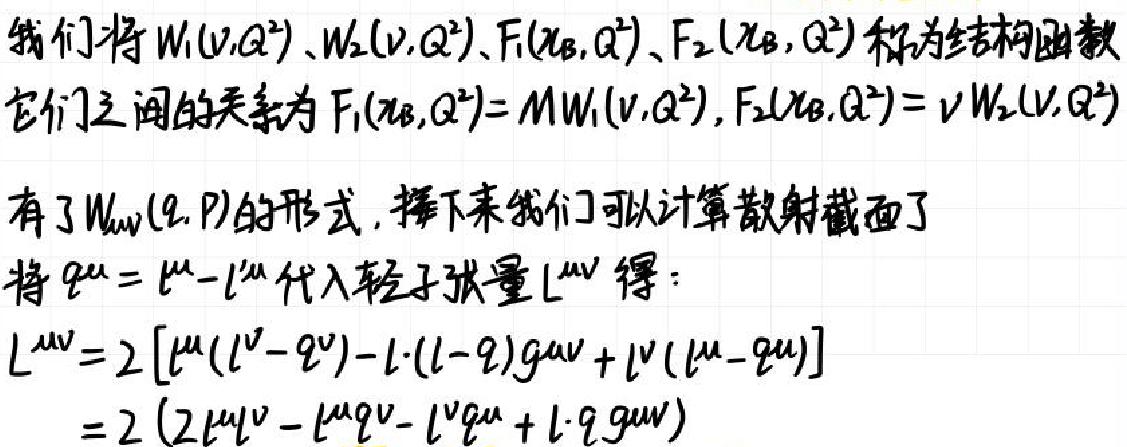
我们将 \(W_1(\nu,Q^2)\)、\(W_2(\nu,Q^2)\)、\(F_1(x_B,Q^2)\)、\(F_2(x_B,Q^2)\)称为结构函数，它们之间的关系为 \(F_1(x_B,Q^2)=MW_1(\nu,Q^2)\)，\(F_2(x_B,Q^2)=\nu W_2(\nu,Q^2)\)。有了 \(W_{\mu\nu}(q,P)\)的形式，接下来我们可以计算散射截面了。将 \(q^{\mu}=l^{\mu}-l'^{\mu}\)代入轻子张量 \(L^{\mu\nu}\)得：
\begin{align*}
L^{\mu\nu}&=2\left[l^{\mu}(l^{\nu}-q^{\nu})-l\cdot(l - q)g^{\mu\nu}+l^{\nu}(l^{\mu}-q^{\mu})\right]\\
&=2\left(2l^{\mu}l^{\nu}-l^{\mu}q^{\nu}-l^{\nu}q^{\mu}+l\cdot q g^{\mu\nu}\right)
\end{align*}